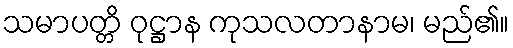
သမာပတ္တိ ဝုဋ္ဌာန ကုသလတာနာမ၊ မည်၏။